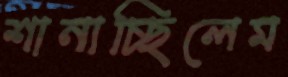
শানাচ্ছিলেম